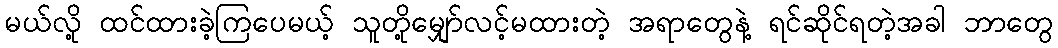
မယ်လို့ ထင်ထားခဲ့ကြပေမယ့် သူတို့မျှော်လင့်မထားတဲ့ အရာတွေနဲ့ ရင်ဆိုင်ရတဲ့အခါ ဘာတွေ